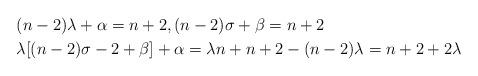
LaTeX: \begin{align*} &(n-2)\lambda+\alpha=n+2, (n-2)\sigma+\beta=n+2\\ &\lambda[(n-2)\sigma-2+\beta]+\alpha=\lambda n+n+2-(n-2)\lambda=n+2+2\lambda \end{align*}